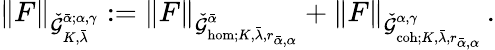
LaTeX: \| F\| _{\check{\mathcal{G}}_{K,\bar{\lambda}}^{\bar{\alpha};\alpha,\gamma}}:=\| F\| _{\check{\mathcal{G}}_{\mathrm{hom};K,\bar{\lambda},r_{\bar{\alpha},\alpha}}^{\bar{\alpha}}}+\| F\| _{\check{\mathcal{G}}_{\mathrm{coh};K,\bar{\lambda},r_{\bar{\alpha},\alpha}}^{\alpha,\gamma}}\, .